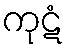
ကုဋံ